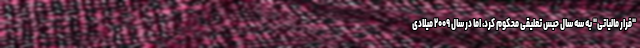
"فرار مالیاتی" به سه سال حبس تعلیقی محکوم کرد، اما در سال ۲۰۰۹ میلادی